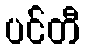
ပင်တီ